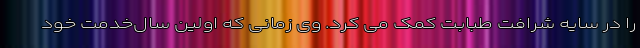
را در سایه شرافت طبابت کمک می کرد. وی زمانی که اولین سال‌خدمت خود